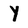
Character: Y